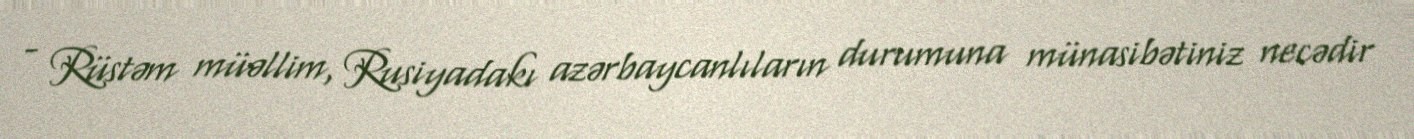
- Rüstəm müəllim, Rusiyadakı azərbaycanlıların durumuna münasibətiniz necədir